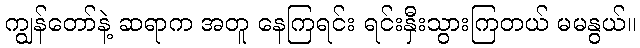
ကျွန်တော်နဲ့ ဆရာက အတူ နေကြရင်း ရင်းနှီးသွားကြတယ် မမနွယ်။